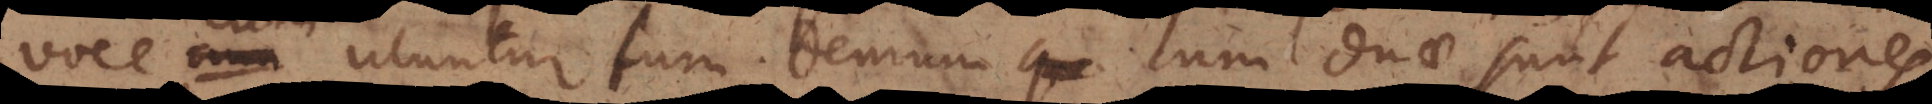
voce cum utuntur tum demum cum duae sunt actiones